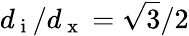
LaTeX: d_{\mathrm{~i~}}/d_{\mathrm{~x~}}=\sqrt{3}/2